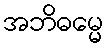
အဘိဓမ္မေ